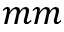
m m